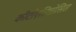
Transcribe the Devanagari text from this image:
कीटोएसिडोसिस